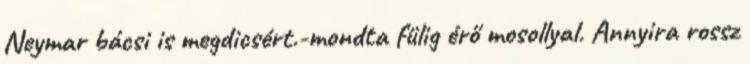
Neymar bácsi is megdicsért.-mondta fülig érő mosollyal. Annyira rossz